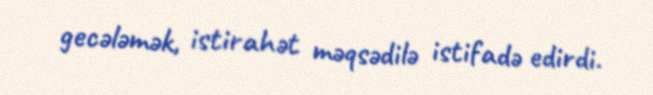
gecələmək, istirahət məqsədilə istifadə edirdi.